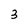
Character: 3